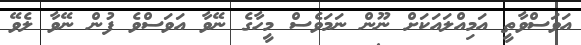
އަވަސްވާތީ އަމިއްލައަކަށް ނޫން ނަމަވެސް މީހާގެ ނޭވާ އަވަސްވެ ފުން ނޭވާ ލެވޭ